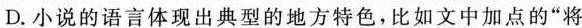
D.小说的语言体现出典型的地方特色，比如文中加点的“将